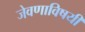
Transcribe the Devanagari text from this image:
जेवणाविषयी